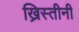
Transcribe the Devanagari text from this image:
ख्रिस्तीनी